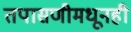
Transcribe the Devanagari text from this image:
तपासणीमधूनही